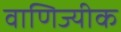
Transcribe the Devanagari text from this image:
वाणिज्यीक